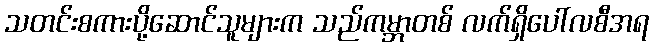
သတင်းစကားပို့ဆောင်သူများက သည်ကမ္ဘာတစ် လက်ရှိပေါ်လစီအရ